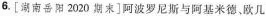
6.[湖南岳阳2020期末]阿波罗尼斯与阿基米德，欧几